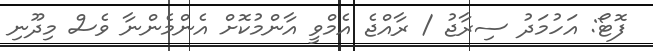
ފޮޓޯ: އަހުމަދު ސިރާޖު / ރާއްޖެ އެމްވީ އާންމުކޮށް އެންމެންނާ ވެސް މިދޫނި